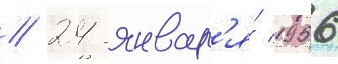
// 24 январ'я́ 1956